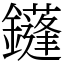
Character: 鑝